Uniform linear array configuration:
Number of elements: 8
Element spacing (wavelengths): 1
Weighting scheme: blackman
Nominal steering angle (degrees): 0
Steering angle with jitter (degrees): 0.3146
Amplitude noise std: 0.05
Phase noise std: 0.05

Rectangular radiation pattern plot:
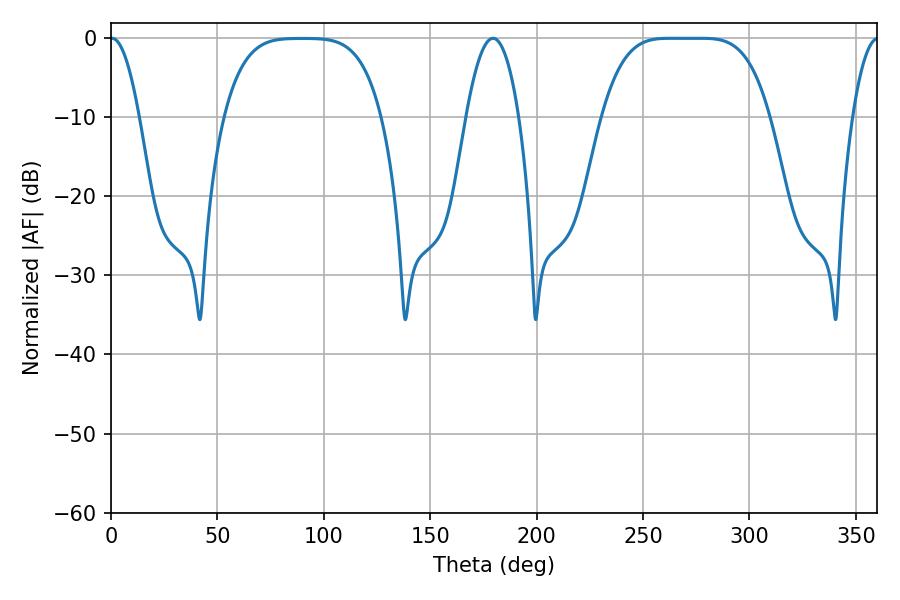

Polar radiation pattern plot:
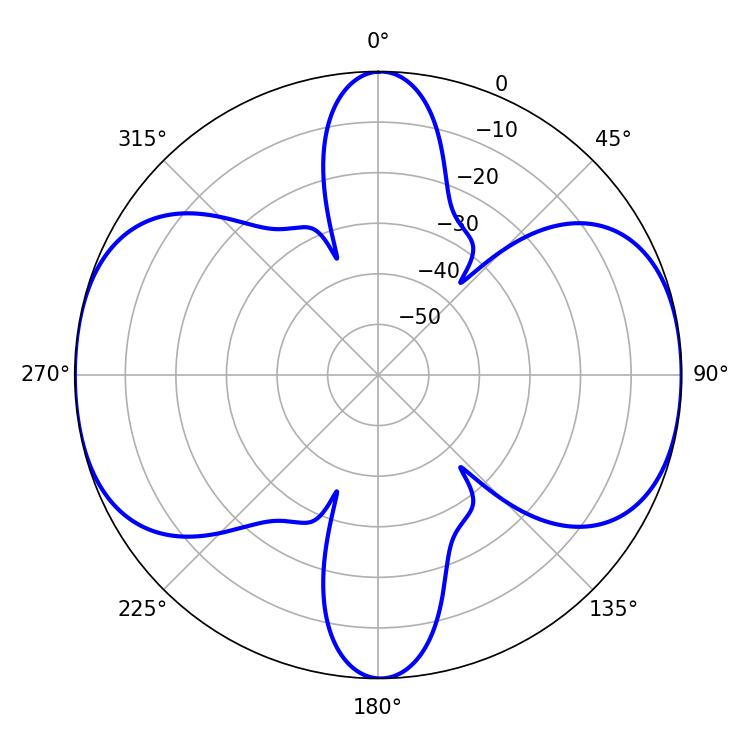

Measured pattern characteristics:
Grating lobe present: TRUE
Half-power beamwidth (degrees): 59.04
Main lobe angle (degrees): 262.44